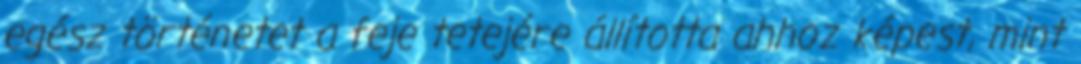
egész történetet a feje tetejére állította ahhoz képest, mint